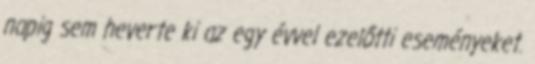
napig sem heverte ki az egy évvel ezelőtti eseményeket.